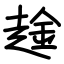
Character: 趛